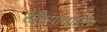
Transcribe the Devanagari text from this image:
सौंदर्याधारित